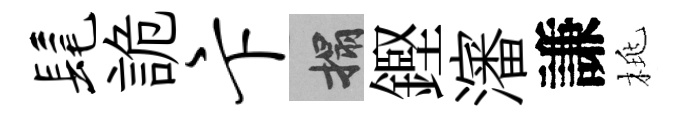
髦詭卞搨鏗瀋謙桃